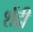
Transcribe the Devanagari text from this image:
शेंद्री